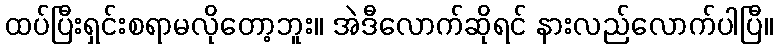
ထပ်ပြီးရှင်းစရာမလိုတော့ဘူး။ အဲဒီလောက်ဆိုရင် နားလည်လောက်ပါပြီ။